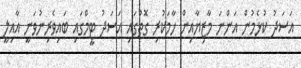
އަސަދު ކުޅެމުން އަންނަ މާޒިޔާއިން ހާމަކުރި ގޮތުގައި އަސަދު ޓީމްގައި ބައިވެރިނުވަނީ އާއިލީ